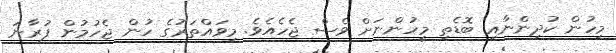
މިހުން ކުދިންނާއި ބޮޑެތި މީހުންނަށް ވެސް ޖެހެއެވެ. މިވައްތަރުގެ ހުން ޖެހުމުން ފުރާނަ